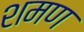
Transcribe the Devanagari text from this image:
शमण